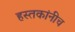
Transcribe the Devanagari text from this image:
हस्तकांनीच